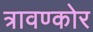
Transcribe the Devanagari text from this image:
त्रावण्कोर